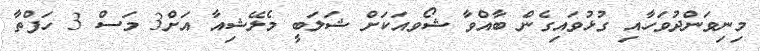
މިނިވަންދުވަހާއި ގުޅުވައިގެން ބާއްވާ ޝޯވއަކަށް ޝަލަބީ މެލޭޝިއާ އަށް3 މަސް 3 ހަފްތާ